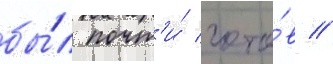
бы́л почт'и́ гото́в //